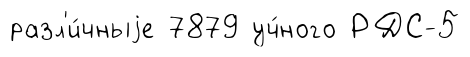
разл'и́чныjе 7879 уч́ного РДС-5